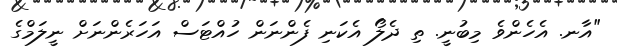
"އާނ. އެހެންވެ މިބުނީ. ތި ދެލޯ އެކަނި ފެންނަން ހުއްޓަސް އަހަރެންނަށް ނީލަމްގެ